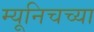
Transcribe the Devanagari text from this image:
म्यूनिचच्या